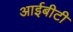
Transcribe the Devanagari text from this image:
आईबीटी